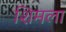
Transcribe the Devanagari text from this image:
शिमला